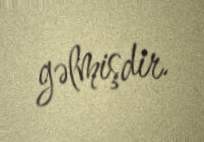
gəlmişdir.